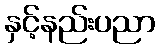
နှင့်နည်းပညာ